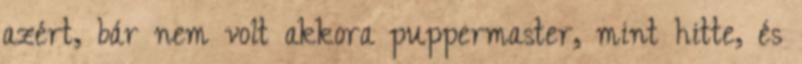
azért, bár nem volt akkora puppermaster, mint hitte, és